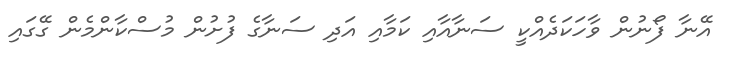
އޭނާ ފޯނުން ވާހަކަދެއްކީ ސަނާއާއި ކަމާއި އަދި ސަނާގެ ފުށުން މުސްކާންމެން ގޭގައި